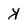
Character: y